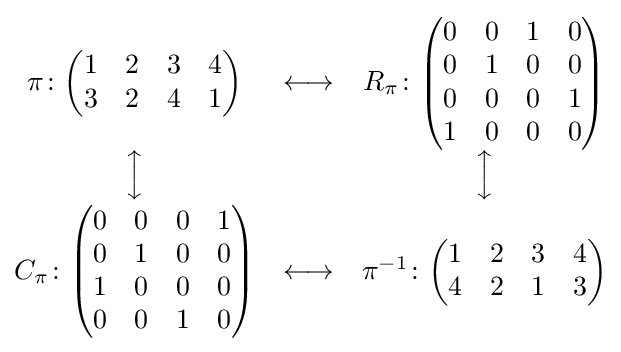
{\begin{matrix}\pi \colon {\begin{pmatrix}1&2&3&4\\3&2&4&1\end{pmatrix}}&\longleftrightarrow &R_{\pi }\colon {\begin{pmatrix}0&0&1&0\\0&1&0&0\\0&0&0&1\\1&0&0&0\end{pmatrix}}\\[5pt]{\Big \updownarrow }&&{\Big \updownarrow }\\[5pt]C_{\pi }\colon {\begin{pmatrix}0&0&0&1\\0&1&0&0\\1&0&0&0\\0&0&1&0\end{pmatrix}}&\longleftrightarrow &\pi ^{-1}\colon {\begin{pmatrix}1&2&3&4\\4&2&1&3\end{pmatrix}}\end{matrix}}